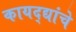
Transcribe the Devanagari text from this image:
कायद्द्यांचे